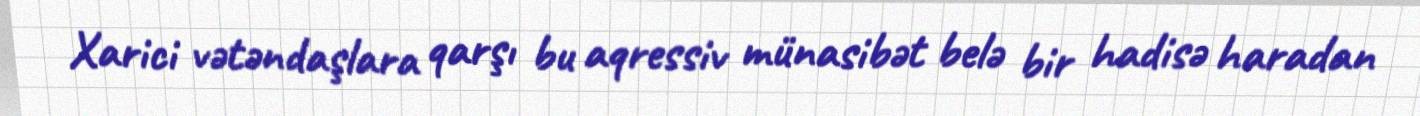
Xarici vətəndaşlara qarşı bu aqressiv münasibət belə bir hadisə haradan